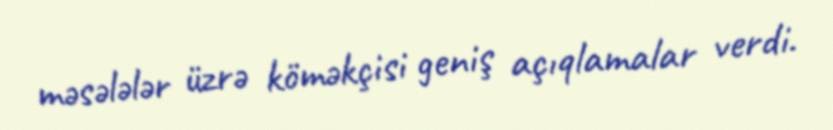
məsələlər üzrə köməkçisi geniş açıqlamalar verdi.